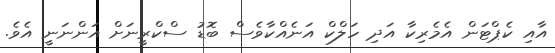
އާއި ކެޕްޓަން އެމެރިކާ އަދި ހަލްކް އަނެއްކާވެސް ބޮޑު ސްކްރީނަށް އަންނަނީ އެވެ.